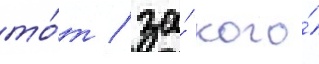
то́т / за́ кого́